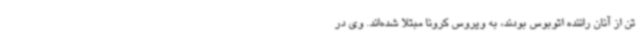
تن از آنان راننده اتوبوس بودند، به ویروس کرونا مبتلا شده‌اند. وی در